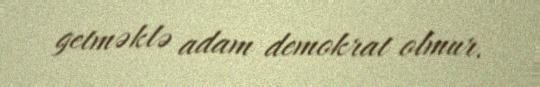
getməklə adam demokrat olmur.